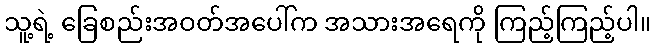
သူ့ရဲ့ ခြေစည်းအဝတ်အပေါ်က အသားအရေကို ကြည့်ကြည့်ပါ။